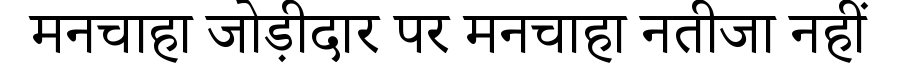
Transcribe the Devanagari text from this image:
मनचाहा जोड़ीदार पर मनचाहा नतीजा नहीं